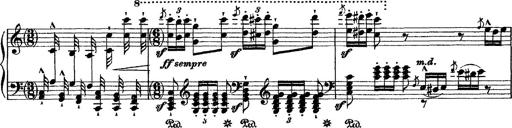
Title: Grande fantasie di bravura sur La clochette
Composer: Franz Liszt
Key: A minor